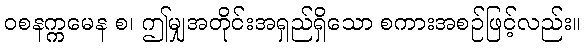
ဝစနက္ကမေန စ၊ ဤမျှအတိုင်းအရှည်ရှိသော စကားအစဉ်ဖြင့်လည်း။